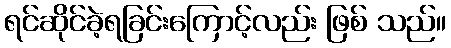
ရင်ဆိုင်ခဲ့ရခြင်းကြောင့်လည်း ဖြစ် သည်။